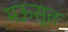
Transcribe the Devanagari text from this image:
मऊसूत